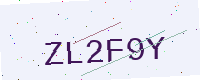
Text: ZL2F9Y